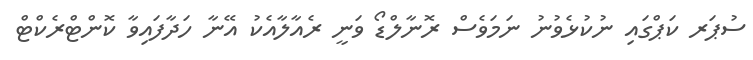
ސުޕަރ ކަޕްގައި ނުކުޅެވުނު ނަމަވެސް ރޮނާލްޑޯ ވަނީ ރެއާލާއެކު އޭނާ ހަދާފައިވާ ކޮންޓްރެކްޓް